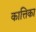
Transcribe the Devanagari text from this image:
कात्तिका